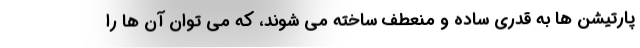
پارتیشن ها به قدری ساده و منعطف ساخته می شوند، که می توان آن ها را